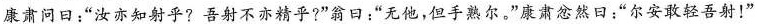
康肃问日：”汝亦知射乎?吾射不亦精乎?”翁日：”无他，但手熟尔。”康肃忿然日：”尔安敢轻吾射！”